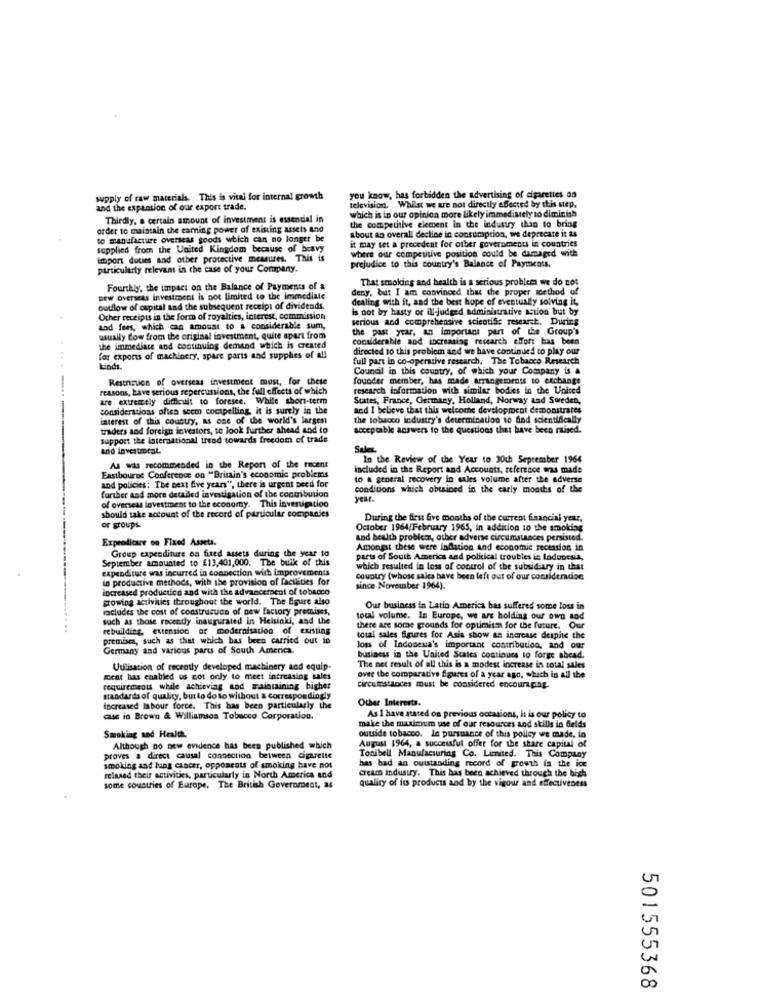
supply of raw materials. This is vital for internal growth
you know, has forbidden the advertising of cigarettes on
and the expansion of our export trade.
television. Whilst we are not directly affected by this step.
Thirdly, a certain amount of investment is essential in
which is in our opinion more likely immediately to diminish
order to maintain the earning power of existing assets and
about ao overall decline in consumption, we deprecate it as
the competitive element in the industry than to bring
to manufacture overseas goods which can no longer be
it may set a precedent for other governments in countries
supplied from the United Kingdom because of bravy
where our competitive position could be damaged with
import duties and other protective measures. This is
particularly relevant in the case of your Company.
prejudice to this country's Balance of Payments.
That smoking and health is a serious problems we do not
Fourthly, the impact on the Balance of Payments of a
deny, but I am convinced that the proper method of
new overseas investment is not limited to the immediate
dealing with it, and the best hope of eventually solving it,
outflow of ospital and the subsequent receipt of dividends.
is not by hasty or ill-judged administrative action but by
Other receipts in the form of royalties, interest, commission
serious and comprehensive scientific research. During
and fees, which can amount to a considerable sum,
the past year, an important part of the Group's
usually tow from the original investment, quite apart from
considerable and increasing research effort has been
the immediate and continuing demand which is created
directed to this problem and we have continued to play our
....
for exports of machinery, spare parts and supplies of all
full part in co-operative research. The Tobacco Research
kinds.
Council in this country, of which your Company is a
Restriction of overseas investment most, for these
founder member, has made arrangements to exchange
reasons, have serious repercussions, the full effects of which
research information with similar bodies in the United
are extremely difficult to foresee. While short-term
States, France, Germany, Holland, Norway and Sweden,
considerations often seem comspelling, it is surely in the
and I believe that this welcome development demonstrates
interest of this country, as one of the world's largest
the tobacco industry's determination to find scientifically
traders and foreign investors, to look further ahead and to
acceptable answers to the questions that have been raised.
port the international isod towards freedom of trade
Sales
In the Review of the Year to 30th September 1964
As was recommended in the Report of the recent
included in the Report and Accounts, reference was made
Eastbourne Conference on "Britain's economic problems
to a sentral recovery in sales volume after the adverse
and policies: The next five years", there is urgent need for
further and more detailed investigation of the contribution
conditions which obtained in the carly months of the
year.
of overseas investment to the economy. This Investigation
should take account of the record of particular companies
During the first five months of the current financial year.
or groups
October 1964/February 1965, in addition to the smoking
Expeodicare on Fixed Assets.
and health problem, other adverse circumstances persisted.
at these were inflation and economic recession in
September amounted to £13,401,000. The bulk of this
Group expenditure on fixed assets during the year to
parts of South America and political troubles in ladonesia,
expenditure was incurred in connection with improvements
which resulted in loss of control of the subsidiary in that
in productive methods, with the provision of facilities for
country (whose sales have been left out of our consideradoc
increased productico and with the advancement of tobacco
since November 1964).
growing activities throughout the world. The Egure also
includes the cost of construction of new factory premises,
Our business in Latin America bas suffered some loss in
such as those recently inaugurated in Helsinki, and the
total volume. In Europe, we are holding our own sod
rebuilding, extension of modernisation of existing
there are some grounds for optimism for the future. Our
premises, such as that which has been carried out in
total sales figures for Asia show an increase despite the
Germany and various parts of South America.
loss of Indonesia's important contribution, and our
business in the United States continues to forge abead.
Utilisation of recently developed machinery and equip
The net result of all this is a modest increase in total sales
ment has enabled us cot only to meet increasing sales
over the comparative figures of a year ago, which in all the
requirements while achieving and maintaining bigher
Circumstances must be considered encourspag.
standards of quality, but to do so without a correspondingly
Other Interests.
increased labour force. This has been particularly the
case in Brown & Williamsos Tobacco Corporation.
As I have stated on previous occasions, it is our policy to
make the maximum use of our resources and skills in felds
Smoking and Health.
outside tobacco. In pursuance of this policy we made, in
Although no new evidence has been published which
Tonibell Manufacturing Co. Limited. This Company
August 1964, a successful offer for the share capital of
proves a direct causal connection between cigarette
smoking and lung cancer, opponcats of smoking have not
cream industry. This has been achieved through the high
has had an outstanding record of growth in the ice
relaxed their activities, particularly in North America and
quality of its products and by the vigour and effectiveness
some countries of Europe, The British Government, as
501555368